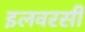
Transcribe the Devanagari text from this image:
इलवरसी